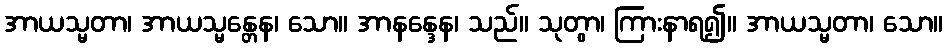
အာယသ္မတာ၊ အာယသ္မန္တေန၊ သော။ အာနန္ဒေန၊ သည်။ သုတွာ၊ ကြားနာရ၍။ အာယသ္မတာ၊ သော။